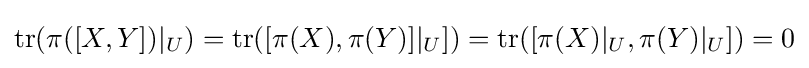
\operatorname {tr} (\pi ([X,Y])|_{U})=\operatorname {tr} ([\pi (X),\pi (Y)]|_{U}])=\operatorname {tr} ([\pi (X)|_{U},\pi (Y)|_{U}])=0